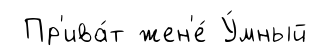
Пр'ива́т жен'е́ У́мный